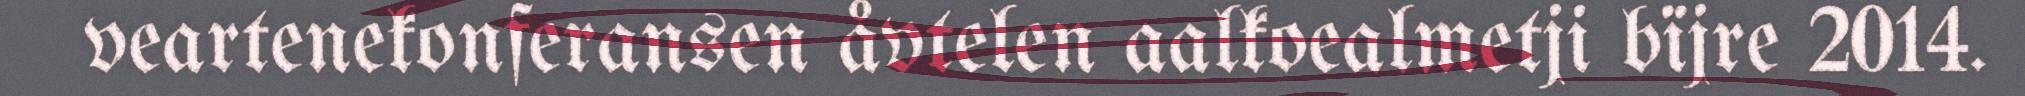
veartenekonferansen åvtelen aalkoealmetji bïjre 2014.